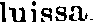
luissa.